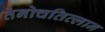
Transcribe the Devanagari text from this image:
तेनोचतित्लान